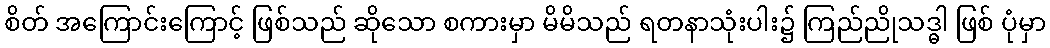
စိတ် အကြောင်းကြောင့် ဖြစ်သည် ဆိုသော စကားမှာ မိမိသည် ရတနာသုံးပါး၌ ကြည်ညိုသဒ္ဓါ ဖြစ် ပုံမှာ